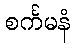
စင်္ကမနံ